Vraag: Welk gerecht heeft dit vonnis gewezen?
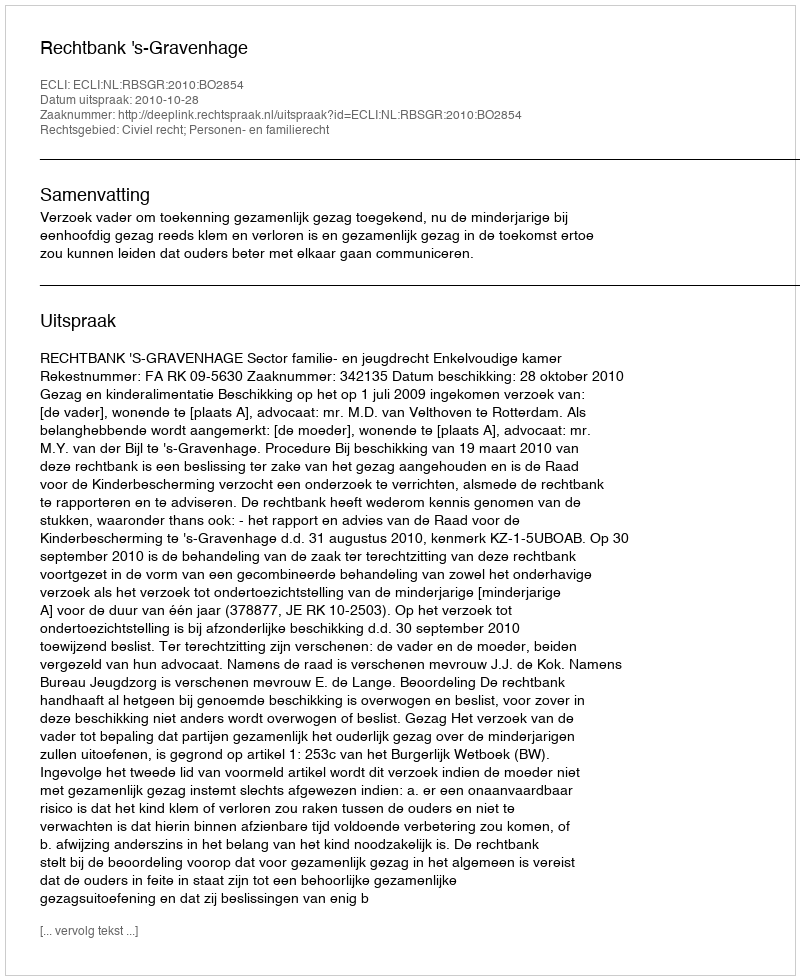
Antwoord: Rechtbank 's-Gravenhage